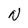
Character: N